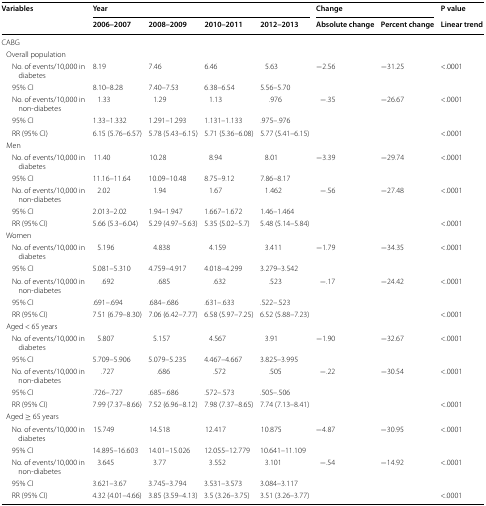
<table><thead><tr><td rowspan="2"><b>Variables</b></td><td colspan="4"><b>Year</b></td><td colspan="2"><b>Change</b></td><td><b>P value</b></td></tr><tr><td><b>2006–2007</b></td><td><b>2008–2009</b></td><td><b>2010–2011</b></td><td><b>2012–2013</b></td><td><b>Absolute change</b></td><td><b>Percent change</b></td><td><b>Linear trend</b></td></tr></thead><tbody><tr><td colspan="8">CABG</td></tr><tr><td colspan="8"> Overall population</td></tr><tr><td>No. of events/10,000 in diabetes</td><td>8.19</td><td>7.46</td><td>6.46</td><td>5.63</td><td>−2.56</td><td>−31.25</td><td>&lt;.0001</td></tr><tr><td>95% CI</td><td>8.10–8.28</td><td>7.40–7.53</td><td>6.38–6.54</td><td>5.56–5.70</td><td></td><td></td><td></td></tr><tr><td>No. of events/10,000 in non-diabetes</td><td>1.33</td><td>1.29</td><td>1.13</td><td>.976</td><td>−.35</td><td>−26.67</td><td>&lt;.0001</td></tr><tr><td>95% CI</td><td>1.33–1.332</td><td>1.291–1.293</td><td>1.131–1.133</td><td>.975–.976</td><td></td><td></td><td></td></tr><tr><td>RR (95% CI)</td><td>6.15 (5.76–6.57)</td><td>5.78 (5.43–6.15)</td><td>5.71 (5.36–6.08)</td><td>5.77 (5.41–6.15)</td><td></td><td></td><td>&lt;.0001</td></tr><tr><td colspan="8"> Men</td></tr><tr><td>No. of events/10,000 in diabetes</td><td>11.40</td><td>10.28</td><td>8.94</td><td>8.01</td><td>−3.39</td><td>−29.74</td><td>&lt;.0001</td></tr><tr><td>95% CI</td><td>11.16–11.64</td><td>10.09–10.48</td><td>8.75–9.12</td><td>7.86–8.17</td><td></td><td></td><td></td></tr><tr><td>No. of events/10,000 in non-diabetes</td><td>2.02</td><td>1.94</td><td>1.67</td><td>1.462</td><td>−.56</td><td>−27.48</td><td>&lt;.0001</td></tr><tr><td>95% CI</td><td>2.013–2.02</td><td>1.94–1.947</td><td>1.667–1.672</td><td>1.46–1.464</td><td></td><td></td><td></td></tr><tr><td>RR (95% CI)</td><td>5.66 (5.3–6.04)</td><td>5.29 (4.97–5.63)</td><td>5.35 (5.02–5.7)</td><td>5.48 (5.14–5.84)</td><td></td><td></td><td>&lt;.0001</td></tr><tr><td colspan="8"> Women</td></tr><tr><td>No. of events/10,000 in diabetes</td><td>5.196</td><td>4.838</td><td>4.159</td><td>3.411</td><td>−1.79</td><td>−34.35</td><td>&lt;.0001</td></tr><tr><td>95% CI</td><td>5.081–5.310</td><td>4.759–4.917</td><td>4.018–4.299</td><td>3.279–3.542</td><td></td><td></td><td></td></tr><tr><td>No. of events/10,000 in non-diabetes</td><td>.692</td><td>.685</td><td>.632</td><td>.523</td><td>−.17</td><td>−24.42</td><td>&lt;.0001</td></tr><tr><td>95% CI</td><td>.691–.694</td><td>.684–.686</td><td>.631–.633</td><td>.522–.523</td><td></td><td></td><td></td></tr><tr><td>RR (95% CI)</td><td>7.51 (6.79–8.30)</td><td>7.06 (6.42–7.77)</td><td>6.58 (5.97–7.25)</td><td>6.52 (5.88–7.23)</td><td></td><td></td><td>&lt;.0001</td></tr><tr><td colspan="8"> Aged &lt; 65 years</td></tr><tr><td>No. of events/10,000 in diabetes</td><td>5.807</td><td>5.157</td><td>4.567</td><td>3.91</td><td>−1.90</td><td>−32.67</td><td>&lt;.0001</td></tr><tr><td>95% CI</td><td>5.709–5.906</td><td>5.079–5.235</td><td>4.467–4.667</td><td>3.825–3.995</td><td></td><td></td><td></td></tr><tr><td>No. of events/10,000 in non-diabetes</td><td>.727</td><td>.686</td><td>.572</td><td>.505</td><td>−.22</td><td>−30.54</td><td>&lt;.0001</td></tr><tr><td>95% CI</td><td>.726–.727</td><td>.685–.686</td><td>.572–.573</td><td>.505–.506</td><td></td><td></td><td></td></tr><tr><td>RR (95% CI)</td><td>7.99 (7.37–8.66)</td><td>7.52 (6.96–8.12)</td><td>7.98 (7.37–8.65)</td><td>7.74 (7.13–8.41)</td><td></td><td></td><td>&lt;.0001</td></tr><tr><td colspan="8"> Aged ≥ 65 years</td></tr><tr><td>No. of events/10,000 in diabetes</td><td>15.749</td><td>14.518</td><td>12.417</td><td>10.875</td><td>−4.87</td><td>−30.95</td><td>&lt;.0001</td></tr><tr><td>95% CI</td><td>14.895–16.603</td><td>14.01–15.026</td><td>12.055–12.779</td><td>10.641–11.109</td><td></td><td></td><td></td></tr><tr><td>No. of events/10,000 in non-diabetes</td><td>3.645</td><td>3.77</td><td>3.552</td><td>3.101</td><td>−.54</td><td>−14.92</td><td>&lt;.0001</td></tr><tr><td>95% CI</td><td>3.621–3.67</td><td>3.745–3.794</td><td>3.531–3.573</td><td>3.084–3.117</td><td></td><td></td><td></td></tr><tr><td>RR (95% CI)</td><td>4.32 (4.01–4.66)</td><td>3.85 (3.59–4.13)</td><td>3.5 (3.26–3.75)</td><td>3.51 (3.26–3.77)</td><td></td><td></td><td>&lt;.0001</td></tr></tbody></table>